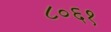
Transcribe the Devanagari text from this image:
८०६१